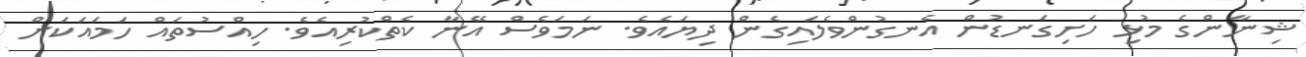
ޝިނާންގެ މުޅި ހަށިގަނޑުން އެނގުންވެލައިގެން ދިޔައެވެ. ނަމަވެސް އޭނާ ކެތްކުރިއެވެ. ހިއްސުތައް ހަމައަކަށް